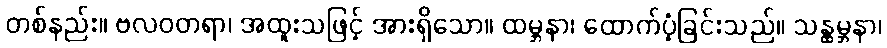
တစ်နည်း။ ဗလဝတရာ၊ အထူးသဖြင့် အားရှိသော။ ထမ္ဘနာ၊ ထောက်ပံ့ခြင်းသည်။ သန္ထမ္ဘနာ၊